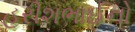
હરીશભાઈનો